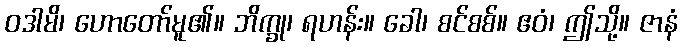
ဝဒါမိ၊ ဟောတော်မူ၏။ ဘိက္ခု၊ ရဟန်း။ ခေါ၊ စင်စစ်။ ဧဝံ၊ ဤသို့။ ဇာနံ